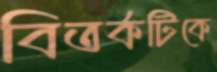
বিতর্কটিকে